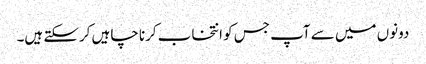
دونوں میں سے آپ جس کو انتخاب کرنا چاہیں کرسکتے ہیں۔